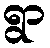
ရွာ